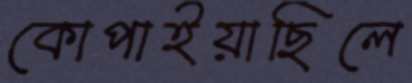
কোপাইয়াছিলে